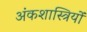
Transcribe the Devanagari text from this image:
अंकशास्त्रियों